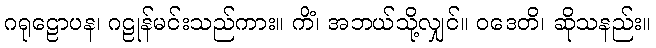
ဂရုဠောပန၊ ဂဠုန်မင်းသည်ကား။ ကိံ၊ အဘယ်သို့လျှင်။ ဝဒေတိ၊ ဆိုသနည်း။